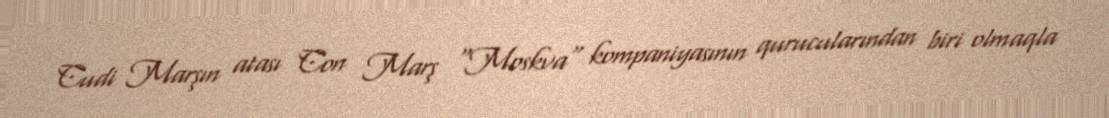
Cudi Marşın atası Con Marş "Moskva" kompaniyasının qurucularından biri olmaqla